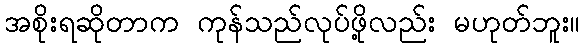
အစိုးရဆိုတာက ကုန်သည်လုပ်ဖို့လည်း မဟုတ်ဘူး။